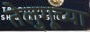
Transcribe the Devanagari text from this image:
तेलुगूच्या